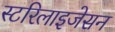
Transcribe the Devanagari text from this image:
स्टरिलाइजेसन